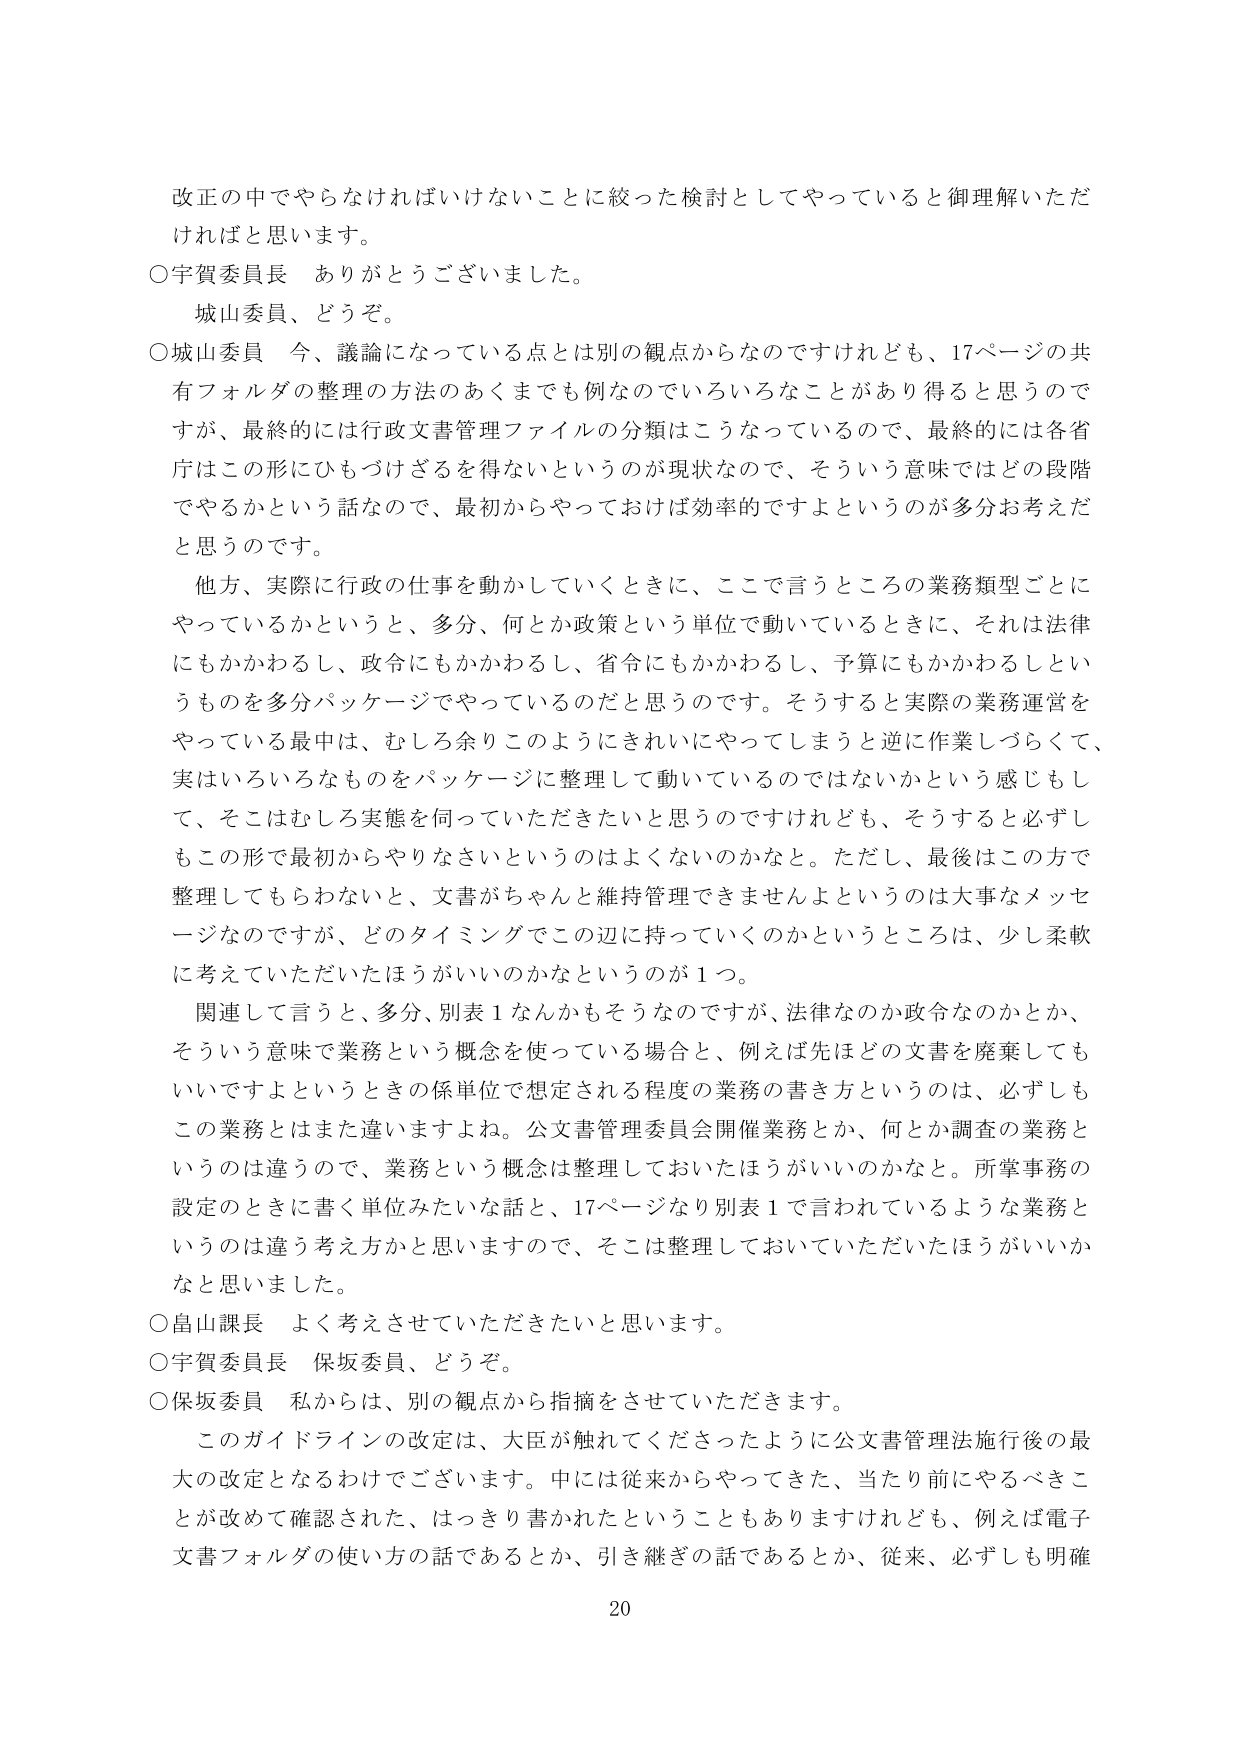
改正の中でやらなければならないことに絞った検討としてやっていると御理解いただければと思います。

○宇賀委員長　ありがとうございました。
　　城山委員、どうぞ。

○城山委員　今、議論になっている点とは別の観点からなのですが、17ページの共有フォルダの整理の方法のあくまでも例なのでいろいろなことがあり得ると思うのですが、最終的には行政文書管理ファイルの分類はこうなっているので、最終的には各省庁はこの形にひもづけざるを得ないというのが現状なので、そういう意味ではどの段階でやるかという話なので、最初からやっておけば効率的ですよねというのが多分お考えだと思うのです。

　　他方、実際に行政の仕事を動かしていくときに、ここで言うところの業務類型ごとにやっているかというと、多分、何か政策という単位で動いているときに、それは法律にもかかわるし、政令にもかかわるし、省令にもかかわるし、予算にもかかわるというものを多分パッケージでやっているのだと思うのです。そうすると実際の業務運営をやっている最中は、むしろ余りこのようにきれいにやってしまうと逆に作業しづらくて、実はいろいろなものをパッケージに整理して動いているのではないかなという感じもして、そこはむしろ実態を伺っていただきたいと思うのですけれども、そうすると必ずしもこの形で最初からやりなさいというのはよくないのかなと。ただし、最後はこの方で整理してもらわないと、文書がちゃんと維持管理できませんよというのは大事なメッセージなのですが、どのタイミングでこの辺に持っていくのかというところは、少し柔軟に考えていただいたらほうがいいのかなというのが1つ。

　　関連して言うと、多分、別表1なんかもそうなのですが、法律なのか政令なのかとか、そういう意味で業務という概念を使っている場合と、例えば先ほどの文書を廃棄してもいいですよというときの係単位で想定される程度の業務の書き方というのは、必ずしもこの業務とはまた違いますよね。公文書管理委員会開催業務とか、何か調査の業務というのは違うので、業務という概念は整理しておいたほうがいいのかなと。所掌事務の設定のときに書く単位みたいな話と、17ページなり別表1で言われているような業務というのは違う考え方かと思いますので、そこは整理しておいていただいたほうがいいかなと思いました。

○畠山課長　よく考えさせていただきたいと思います。

○宇賀委員長　保坂委員、どうぞ。

○保坂委員　私からは、別の観点から指摘をさせていただきます。
　　このガイドラインの改定は、大臣が触れてくださったように公文書管理法施行後の最大の改定となるわけでございます。中には従来からやってきた、当たり前にするべきことが改めて確認された、はっきり書かれたということもありますけれども、例えば電子文書フォルダの使い方の話であるとか、引き継ぎの話であるとか、従来、必ずしも明確

20